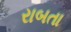
રાબતા